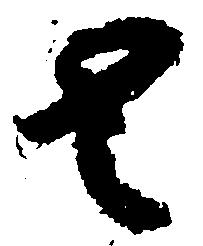
去